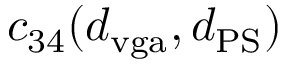
c _ { 3 4 } ( d _ { \mathrm { v g a } } , d _ { \mathrm { P S } } )